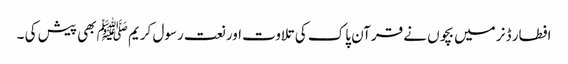
افطار ڈنر میں بچوں نے قرآن پاک کی تلاوت اور نعت رسول کریم ﷺ بھی پیش کی ۔